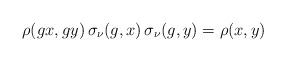
LaTeX: \begin{align*}\rho(gx,gy) \, \sigma_{\nu}(g,x) \, \sigma_{\nu}(g,y) = \rho(x,y)\end{align*}